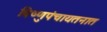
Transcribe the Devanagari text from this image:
विष्णुपंचायतनात